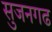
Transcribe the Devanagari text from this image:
सुजनगढ